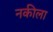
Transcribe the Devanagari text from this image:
नकीला